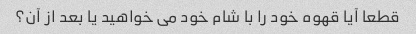
قطعا آیا قهوه خود را با شام خود می خواهید یا بعد از آن؟